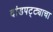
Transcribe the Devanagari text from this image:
दांडपट्ट्याचा